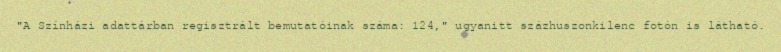
"A Színházi adattárban regisztrált bemutatóinak száma: 124," ugyanitt százhuszonkilenc fotón is látható.